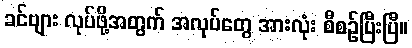
ခင်ဗျား လုပ်ဖို့အတွက် အလုပ်တွေ အားလုံး စီစဉ်ပြီးပြီ။